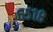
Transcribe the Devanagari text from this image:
६५१८